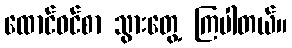
ထောင်ဝင်စာ သွားတွေ့ ကြပါတယ်။